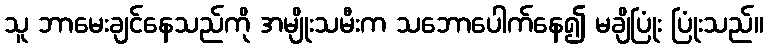
သူ ဘာမေးချင်နေသည်ကို အမျိုးသမီးက သဘောပေါက်နေ၍ မချိပြုံး ပြုံးသည်။